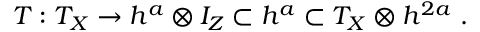
T : T _ { X } \to h ^ { a } \otimes I _ { Z } \subset h ^ { a } \subset T _ { X } \otimes h ^ { 2 a } \ .